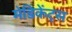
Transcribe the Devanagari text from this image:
मेडिकेंट्स